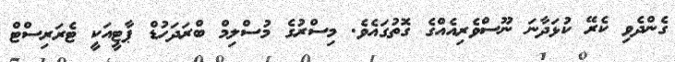
ގެންދެވި ކެރޭ ކުޅަދާނަ ނޫސްވެރިއެއްގެ ގޮތުގައެވެ. މިސްރުގެ މުސްލިމް ބްރަދަހުޑް ޕާޓީއަކީ ޓެރަރިސްޓް